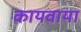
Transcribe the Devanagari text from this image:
कायवाया